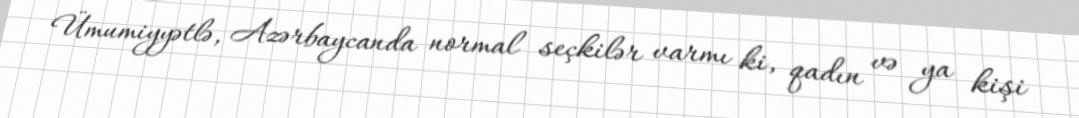
Ümumiyyətlə, Azərbaycanda normal seçkilər varmı ki, qadın və ya kişi